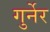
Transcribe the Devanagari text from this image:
गुर्नेर